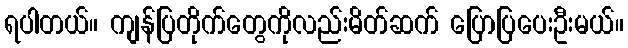
ရပါတယ်။ ကျန်ပြတိုက်တွေကိုလည်းမိတ်ဆက် ပြောပြပေးဦးမယ်။